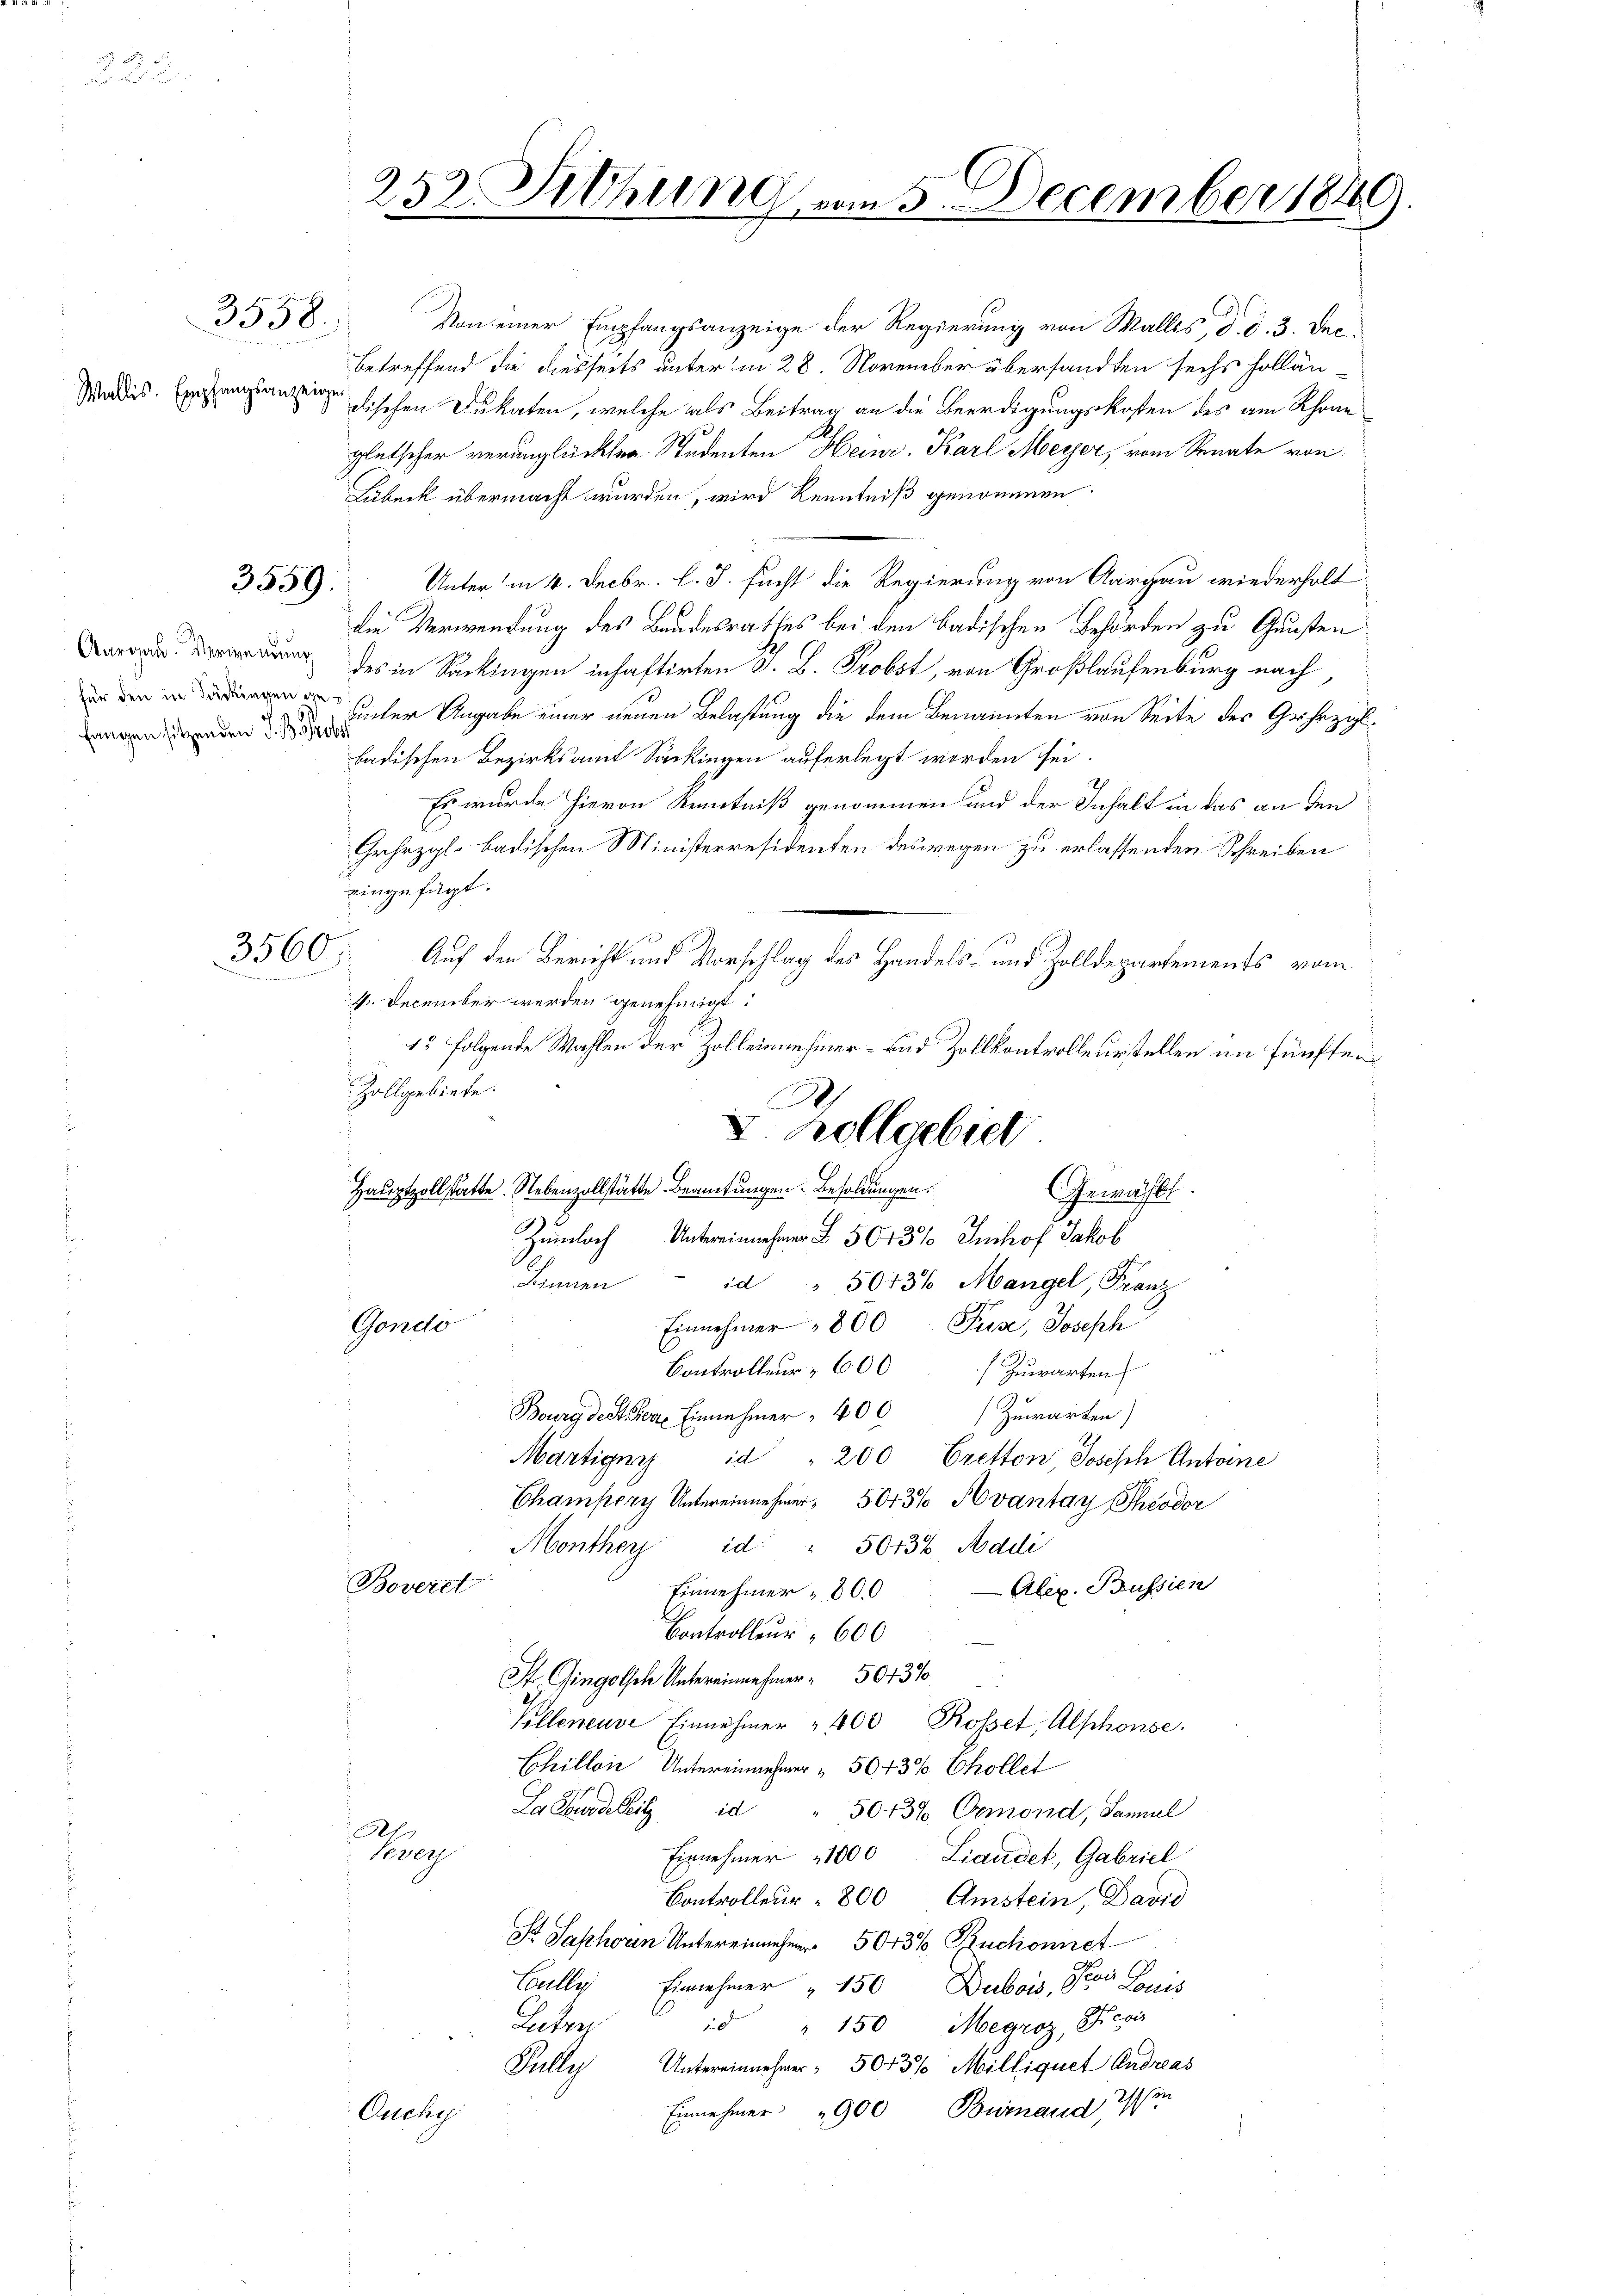
3558.

Wallis. Empfangsanzeige

3559.

fangen sitzenden J. B. Probs

3560.

Von einer Empfangsanzeige der Regierung von Wallis, d. d. 3. Dec
betreffend die diesseits unter in 28. November übersandten sechs sollän¬
 dischen Dukaten, welche als Beitrag an die Beerdigungskosten des am Rhone
gletscher verunglückten Studenten Heinr. Karl Meyer, vom Senate von
Lubeck übermacht wurden, wird Kenntniß genommen.
Unter in 4. Decbr. l. J. sucht die Regierung von Aargau wiederholt
f
die Verwendung des Bandesrathes bei den badischen Behörden zu Gunsten
ng des in Sackingen inhaftirten S. B. Probst, von Großlaufenburg nach,
 unter Angabe einer neuen Belastung die dem Benannten von Seite des Gehrzahlbadischen Bezirksamt Sackingen auferlegt worden sei.
Es wurde hievon Kenntniß genommen und der Inhalt in das an den
Grhezgl. badischen Ministerresidenten deswegen zu erlassenden Schreiben
eingefügt.
Auf den Bericht und Vorschlag des Handels- und Zolldepartements vom
4. December werden genehmigt:
15 folgende Wahlen der Zolleinnehmer- und Zollkontrolleurstellen im fünften
Zollgebiete.
Hauptzollstätte. Nebenzollstätte Beamtungen: Besoldungen.
Zumloch Untereinnehmer § 5043% Imhof Jakob
Binnen id " 50736. Mangel, Franz
Gando
Einnehmer " 800 Fus, Joseph
Controlleur 600 Zuwarten
Bourg des Herr Einnehmer 400 Zuwarten)
Märtigny id " 200 Eretton, Joseph Antoine
Champery Untereinnehmer. 5043% Avantay Theodor
Monthey
id " 5013% Addi
Beveret
Alex. Brussien
Einnehmer - 800
Controlleur " 600
St. Gingisch Untereinnehmer. 504310
Kelleneuve Einnehmer " 400 Rosset, Alphonse
Schillon Untereinnehmer " 504 3% Chollet
La Edellit id " 5043% Ormond, Samuel
Af
Vevey
Einnehmer 1000 Liandet, Gabriel
Controlleur - 800 Amstein, David
St Saphorn Untereinnehmer 5043% Ruchonnet
6
als Louis
Bully Einnehmer " 150 Dubois, Sie
id " 150 Mearoz, Revis
Peter
Tully Untereinnehmer - 5043% Milliquet Andreas
Einnehmer 1900 Burnaud
Enches

252. Sitzung vom 5. December 1849.

2
I Zollgebiet
Gewählt.